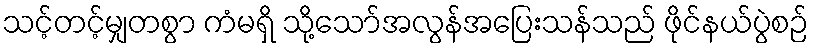
သင့်တင့်မျှတစွာ ကံမရှိ သို့သော်အလွန်အပြေးသန်သည် ဖိုင်နယ်ပွဲစဉ်